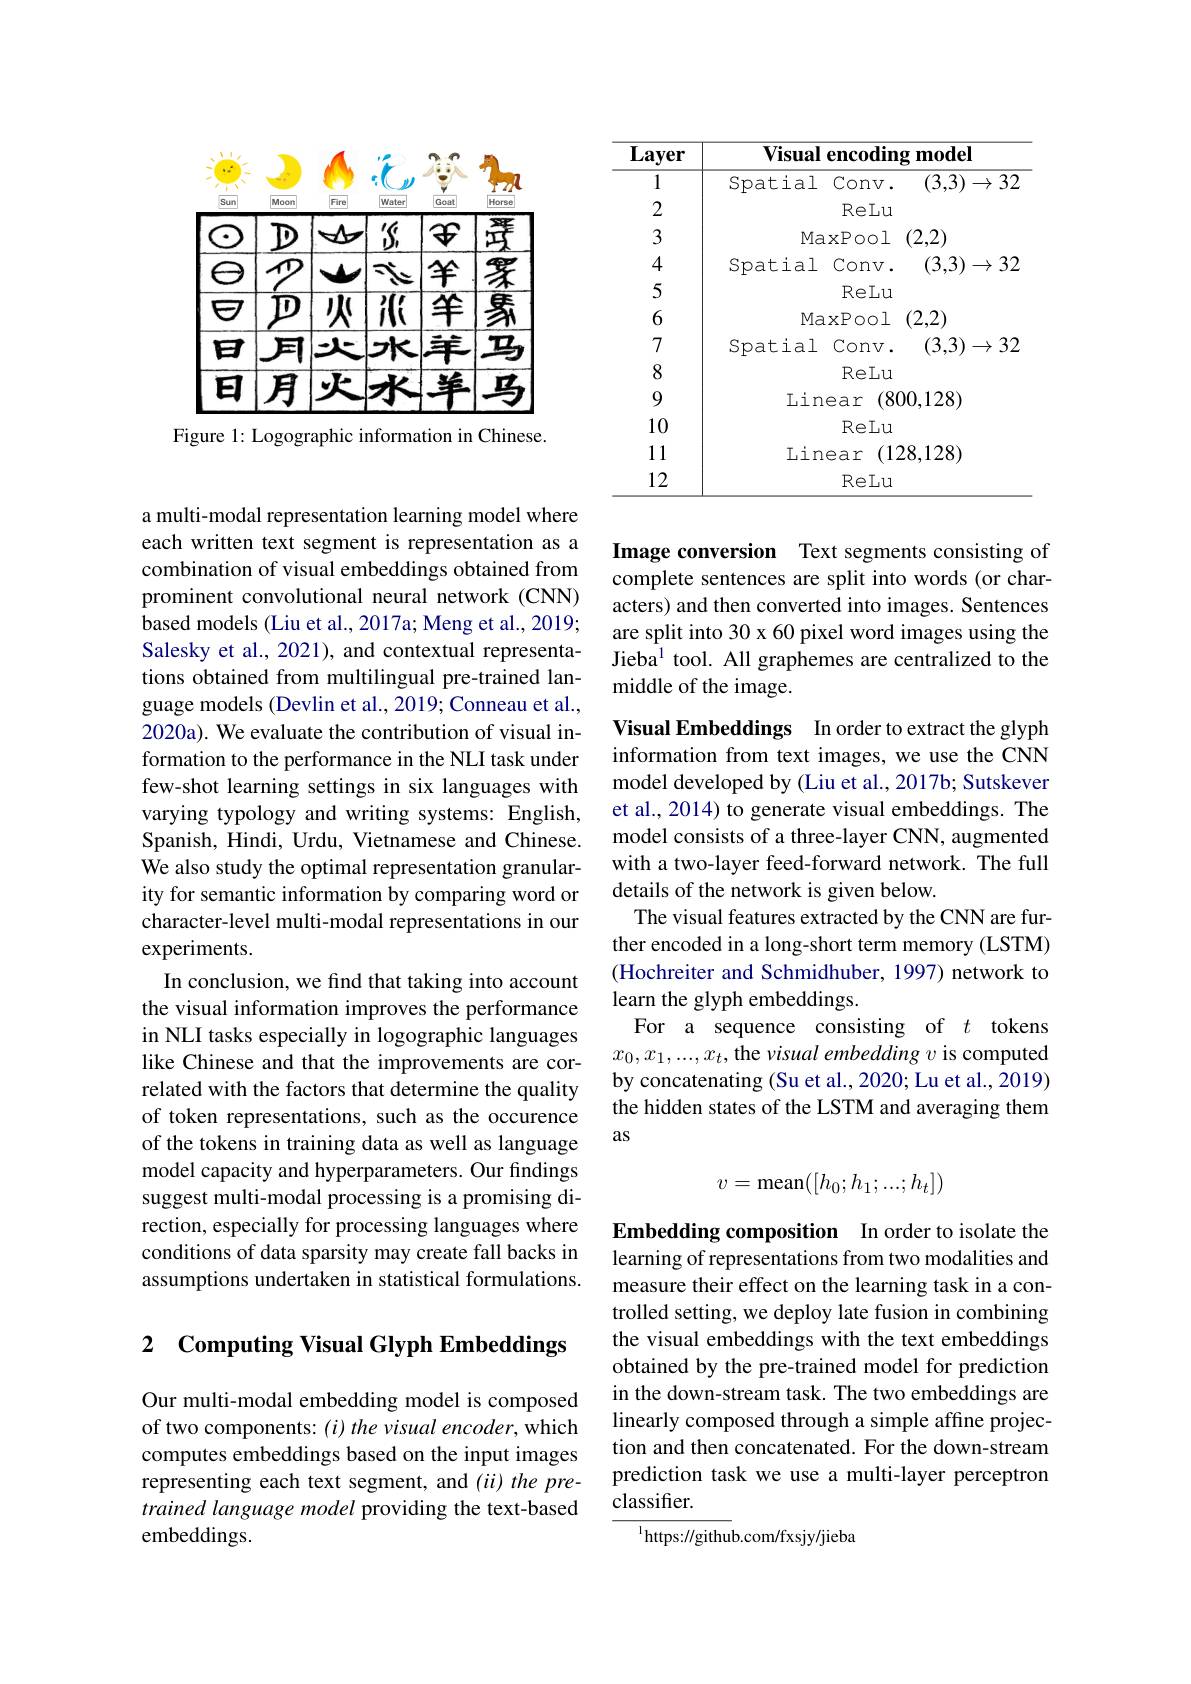
<FigureHere>

Figure 1: Logographic information in Chinese.

a multi-modal representation learning model where each written text segment is representation as a combination of visual embeddings obtained from prominent convolutional neural network (CNN) based models (Liu et al., 2017a; Meng et al., 2019; Salesky et al., 2021), and contextual representations obtained from multilingual pre-trained language models (Devlin et al., 2019; Conneau et al., 2020a). We evaluate the contribution of visual information to the performance in the NLI task under few-shot learning settings in six languages with varying typology and writing systems: English, Spanish, Hindi, Urdu, Vietnamese and Chinese. We also study the optimal representation granularity for semantic information by comparing word or character-level multi-modal representations in our experiments.
In conclusion, we find that taking into account the visual information improves the performance in NLI tasks especially in logographic languages like Chinese and that the improvements are correlated with the factors that determine the quality of token representations, such as the occurence of the tokens in training data as well as language model capacity and hyperparameters. Our findings suggest multi-modal processing is a promising direction, especially for processing languages where conditions of data sparsity may create fall backs in assumptions undertaken in statistical formulations.

## 2 Computing Visual Glyph Embeddings

Our multi-modal embedding model is composed of two components: (i) the visual encoder, which computes embeddings based on the input images representing each text segment, and $(ii)$ the pretrained language model providing the text-based embeddings.

<table>
	<tbody>
		<tr>
			<th>$\overline{\textbf{Layer}}$</th>
			<th>Visual encoding model</th>
		</tr>
		<tr>
			<td>1</td>
			<td>$(3,3)\to32$ Spatial Conv.</td>
		</tr>
		<tr>
			<td>2</td>
			<td>ReLu</td>
		</tr>
		<tr>
			<td>3</td>
			<td>MaxPool (2,2)</td>
		</tr>
		<tr>
			<td>4</td>
			<td>Spatial $\operatorname{Conv}.$ $(3,3)\to32$</td>
		</tr>
		<tr>
			<td>5</td>
			<td>ReLu</td>
		</tr>
		<tr>
			<td>6</td>
			<td>(2,2) MaxPool</td>
		</tr>
		<tr>
			<td>7</td>
			<td>Spatial Conv. $(3,3)\to32$</td>
		</tr>
		<tr>
			<td>8</td>
			<td>ReLu</td>
		</tr>
		<tr>
			<td>9</td>
			<td>Linear (800,128)</td>
		</tr>
		<tr>
			<td>10</td>
			<td>ReLu</td>
		</tr>
		<tr>
			<td>11</td>
			<td>Linear (128,128)</td>
		</tr>
		<tr>
			<td>12</td>
			<td>ReLu</td>
		</tr>
	</tbody>
</table>

Image conversion Text segments consisting of complete sentences are split into words (or characters) and then converted into images. Sentences are split into 30 x 60 pixel word images using the Jieba$^1$ tool. All graphemes are centralized to the middle of the image.

Visual Embeddings In order to extract the glyph information from text images, we use the CNN model developed by (Liu et al., 2017b; Sutskever et al., 2014) to generate visual embeddings. The model consists of a three-layer CNN, augmented with a two-layer feed-forward network. The full details of the network is given below.
The visual features extracted by the CNN are further encoded in a long-short term memory (LSTM) (Hochreiter and Schmidhuber, 1997) network to learn the glyph embeddings.
For a sequence consisting of $t$ tokens $x_0,x_1,...,x_t$, the visual embedding v is computed by concatenating (Su et al., 2020; Lu et al., 2019) the hidden states of the LSTM and averaging them as
$$v=\text{mean}([h_0;h_1;...;h_t])$$
Embedding composition In order to isolate the learning of representations from two modalities and measure their effect on the learning task in a controlled setting, we deploy late fusion in combining the visual embeddings with the text embeddings obtained by the pre-trained model for prediction in the down-stream task. The two embeddings are linearly composed through a simple affine projection and then concatenated. For the down-stream prediction task we use a multi-layer perceptron classifier.
$^{1}$https://github.com/fxsjy/jieba